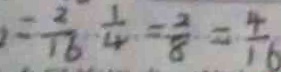
= \frac { 2 } { 1 6 } \frac { 1 } { 4 } = \frac { 2 } { 8 } = \frac { 4 } { 1 6 }